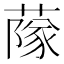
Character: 䔹